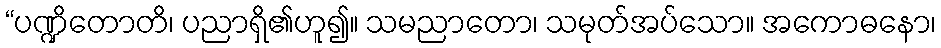
“ပဏ္ဍိတောတိ၊ ပညာရှိ၏ဟူ၍။ သမညာတော၊ သမုတ်အပ်သော။ အကောဓနော၊